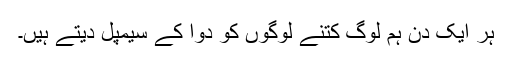
ہر ایک دن ہم لوگ کتنے لوگوں کو دوا کے سیمپل دیتے ہیں۔